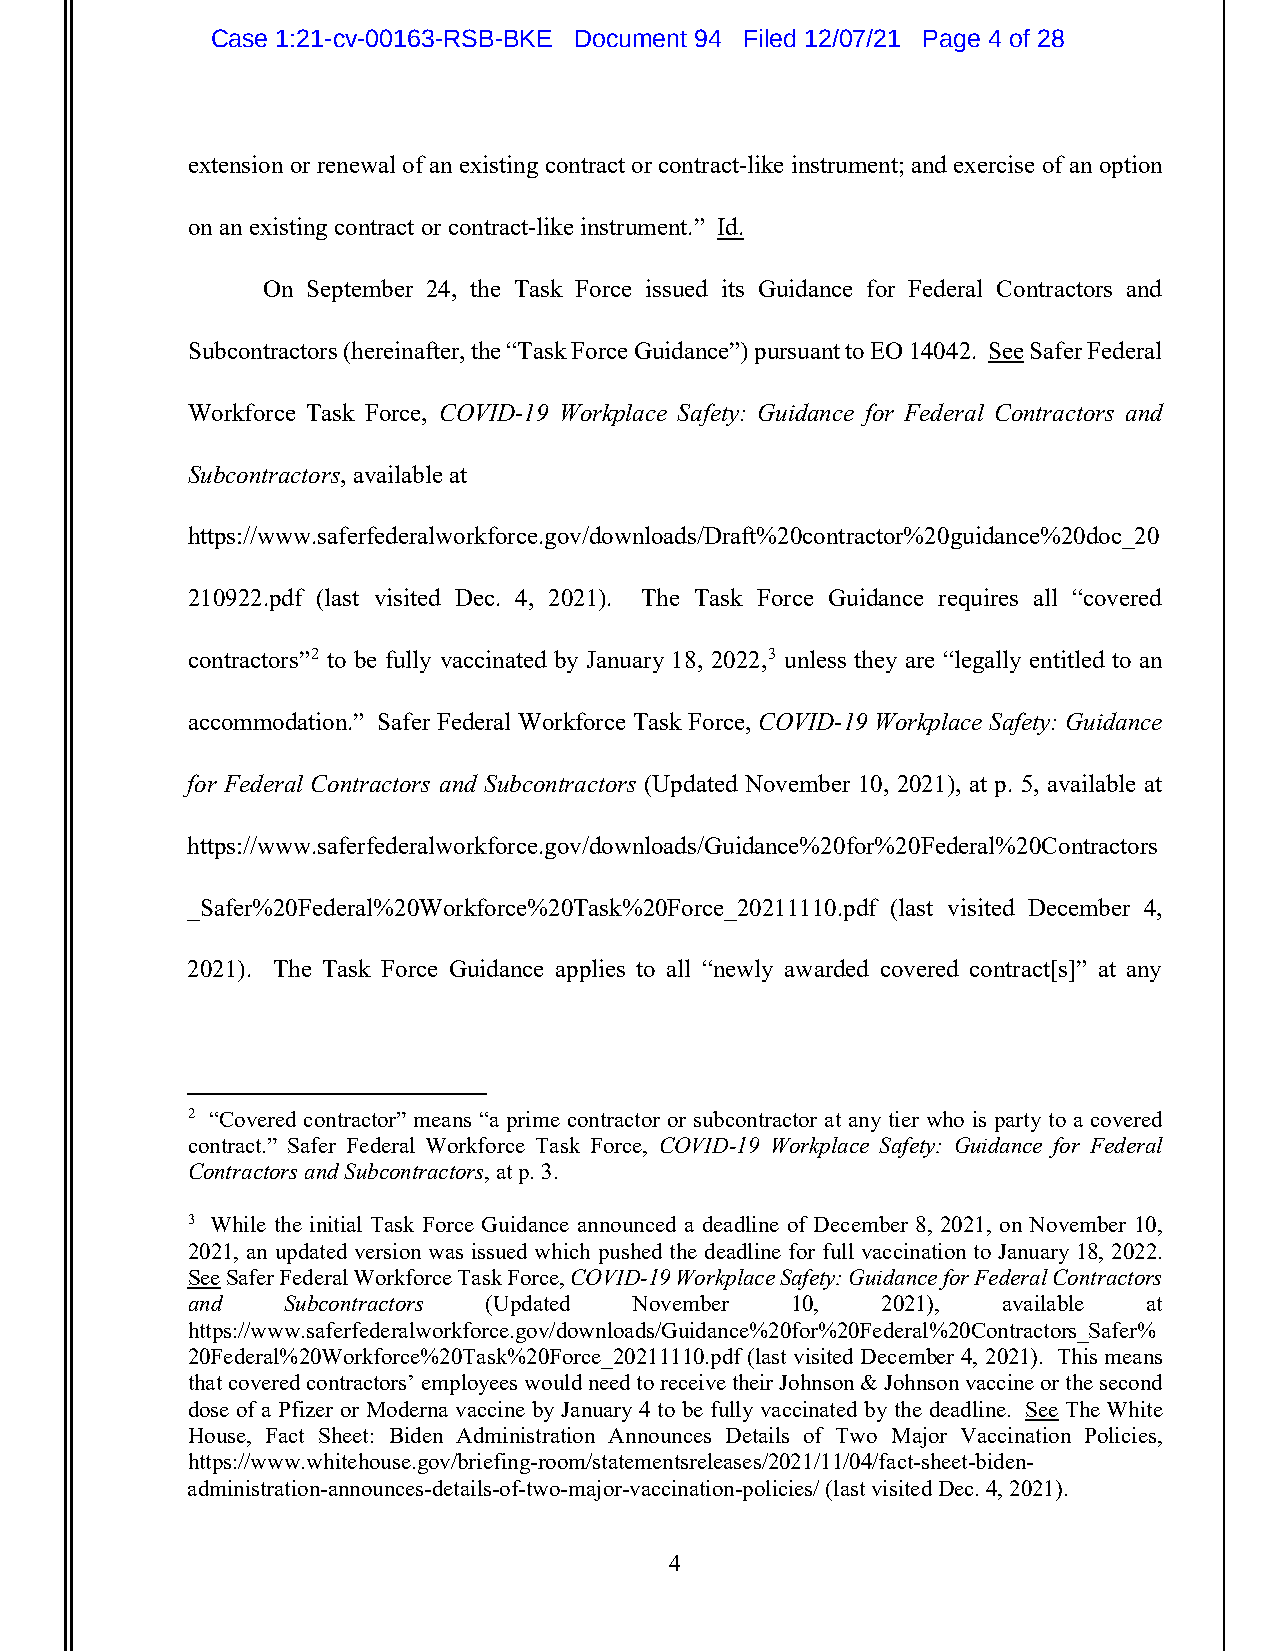
Case 1:21-cv-00163-RSB-BKE Document 94 Filed 12/07/21 Page 4 of 28
 extension or renewal of an existing contract or contract-like instrument; and exercise of an option
 on an existing contract or contract-like instrument.” Id.
 On September 24, the Task Force issued its Guidance for Federal Contractors and
 Subcontractors (hereinafter, the “Task Force Guidance”) pursuant to EO 14042. See Safer Federal
 Workforce Task Force, COVID-19 Workplace Safety: Guidance for Federal Contractors and
 Subcontractors, available at
 https://www.saferfederalworkforce.gov/downloads/Draft%20contractor%20guidance%20doc_20
 210922.pdf (last visited Dec. 4, 2021). The Task Force Guidance requires all “covered
 contractors”2 to be fully vaccinated by January 18, 2022,3 unless they are “legally entitled to an
 accommodation.” Safer Federal Workforce Task Force, COVID-19 Workplace Safety: Guidance
 for Federal Contractors and Subcontractors (Updated November 10, 2021), at p. 5, available at
 https://www.saferfederalworkforce.gov/downloads/Guidance%20for%20Federal%20Contractors
 _Safer%20Federal%20Workforce%20Task%20Force_20211110.pdf (last visited December 4,
 2021). The Task Force Guidance applies to all “newly awarded covered contract[s]” at any
 2 “Covered contractor” means “a prime contractor or subcontractor at any tier who is party to a covered
 contract.” Safer Federal Workforce Task Force, COVID-19 Workplace Safety: Guidance for Federal
 Contractors and Subcontractors, at p. 3.
 3 While the initial Task Force Guidance announced a deadline of December 8, 2021, on November 10,
 2021, an updated version was issued which pushed the deadline for full vaccination to January 18, 2022.
 See Safer Federal Workforce Task Force, COVID-19 Workplace Safety: Guidance for Federal Contractors
 and    Subcontractors (Updated November 10,   2021),  available at
 https://www.saferfederalworkforce.gov/downloads/Guidance%20for%20Federal%20Contractors_Safer%
 20Federal%20Workforce%20Task%20Force_20211110.pdf (last visited December 4, 2021). This means
 that covered contractors’ employees would need to receive their Johnson & Johnson vaccine or the second
 dose of a Pfizer or Moderna vaccine by January 4 to be fully vaccinated by the deadline. See The White
 House, Fact Sheet: Biden Administration Announces Details of Two Major Vaccination Policies,
 https://www.whitehouse.gov/briefing-room/statementsreleases/2021/11/04/fact-sheet-biden-
 administration-announces-details-of-two-major-vaccination-policies/ (last visited Dec. 4, 2021).
 4